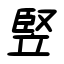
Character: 竪